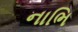
નાભિ